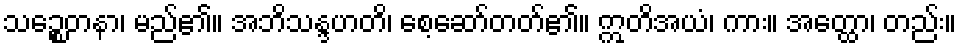
သဉ္စေတနာ၊ မည်၏။ အဘိသန္ဒဟတိ၊ စေ့ဆော်တတ်၏။ ဣတိအယံ၊ ကား။ အတ္ထော၊ တည်း။